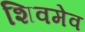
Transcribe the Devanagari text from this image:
शिवमेव